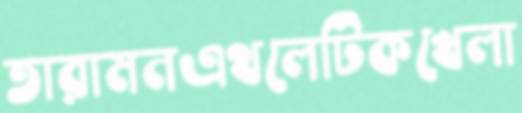
তারামনএথলেটিকখেলা